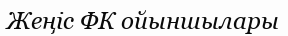
Жеңіс ФК ойыншылары